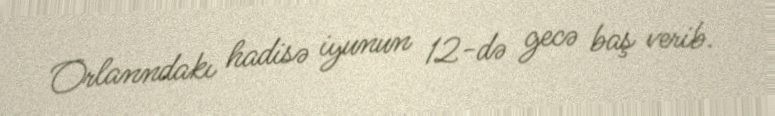
Orlanndakı hadisə iyunun 12-də gecə baş verib.